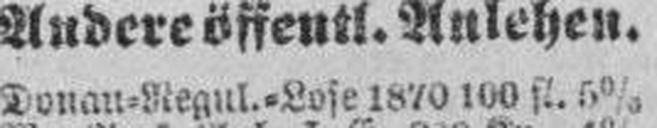
Donan=Regul.=Lose 1870 100 fl. 5%